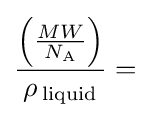
{\frac {\left({\frac {MW}{N_{\rm {A}}}}\right)}{\rho \,_{\rm {liquid}}}}=